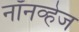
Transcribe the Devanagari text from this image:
नॉनव्हेज